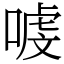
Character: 㗔